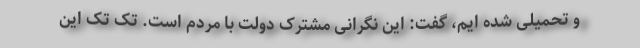
و تحمیلی شده ایم، گفت: این نگرانی مشترک دولت با مردم است. تک تک این